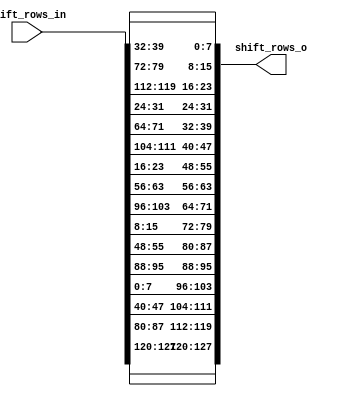
`timescale 1ns/1ns

module shift_rows (
    output reg [4*4*8 - 1 : 0] shift_rows_o,
    input [4*4*8 - 1 : 0] shift_rows_in
);

    reg [7:0] shift_rows_in_matrix [0:3][0:3];
    wire [7:0] shift_rows_o_matrix [0:3][0:3];
    integer i, j, k, p, q;

    always @(*) begin
        for(i=0; i<4; i=i+1) begin
            for(j=0; j<4; j=j+1) begin
                shift_rows_in_matrix[j][i] = shift_rows_in[(i*4 + j)*8 +: 8];
            end 
        end
    end

    // assign shift_rows_o_matrix[0] = {shift_rows_in_matrix[0][1], shift_rows_in_matrix[0][2], shift_rows_in_matrix[0][3], shift_rows_in_matrix[0][0]};
    // assign shift_rows_o_matrix[1] = {shift_rows_in_matrix[1][2], shift_rows_in_matrix[1][3], shift_rows_in_matrix[1][0], shift_rows_in_matrix[1][1]};
    // assign shift_rows_o_matrix[2] = {shift_rows_in_matrix[2][3], shift_rows_in_matrix[2][0], shift_rows_in_matrix[2][1], shift_rows_in_matrix[2][2]};
    // assign shift_rows_o_matrix[3] = {shift_rows_in_matrix[3][0], shift_rows_in_matrix[3][1], shift_rows_in_matrix[3][2], shift_rows_in_matrix[3][3]};
    assign shift_rows_o_matrix[0][0] = shift_rows_in_matrix[0][1];
    assign shift_rows_o_matrix[0][1] = shift_rows_in_matrix[0][2];
    assign shift_rows_o_matrix[0][2] = shift_rows_in_matrix[0][3];
    assign shift_rows_o_matrix[0][3] = shift_rows_in_matrix[0][0];

    assign shift_rows_o_matrix[1][0] = shift_rows_in_matrix[1][2];
    assign shift_rows_o_matrix[1][1] = shift_rows_in_matrix[1][3];
    assign shift_rows_o_matrix[1][2] = shift_rows_in_matrix[1][0]; 
    assign shift_rows_o_matrix[1][3] = shift_rows_in_matrix[1][1];

    assign shift_rows_o_matrix[2][0] = shift_rows_in_matrix[2][3]; 
    assign shift_rows_o_matrix[2][1] = shift_rows_in_matrix[2][0];
    assign shift_rows_o_matrix[2][2] = shift_rows_in_matrix[2][1]; 
    assign shift_rows_o_matrix[2][3] = shift_rows_in_matrix[2][2];

    assign shift_rows_o_matrix[3][0] = shift_rows_in_matrix[3][0];
    assign shift_rows_o_matrix[3][1] = shift_rows_in_matrix[3][1];
    assign shift_rows_o_matrix[3][2] = shift_rows_in_matrix[3][2];
    assign shift_rows_o_matrix[3][3] = shift_rows_in_matrix[3][3];

    always @(*) begin
        for(p=0; p<4; p=p+1) begin
            for(q=0; q<4; q=q+1) begin 
                shift_rows_o[(p*4 + q)*8 +: 8] = shift_rows_o_matrix[q][p];
            end
        end
    end
    
endmodule

module shift_rows_mix (
    output reg [4*4*8 - 1 : 0] shift_rows_o,
    input [4*4*8 - 1 : 0] shift_rows_in,
    input inv_en  // low: ShiftRows, high: INV_ShiftRows
);

    reg [7:0] shift_rows_in_matrix [0:3][0:3];
    reg [7:0] shift_rows_o_matrix [0:3][0:3];
    integer i, j, k, p, q;

    always @(*) begin
        for(i=0; i<4; i=i+1) begin
            for(j=0; j<4; j=j+1) begin
                shift_rows_in_matrix[j][i] = shift_rows_in[(i*4 + j)*8 +: 8];
            end 
        end
    end

    always @(*) begin
        //1
        shift_rows_o_matrix[3][0] = shift_rows_in_matrix[3][0];
        shift_rows_o_matrix[3][1] = shift_rows_in_matrix[3][1];
        shift_rows_o_matrix[3][2] = shift_rows_in_matrix[3][2];
        shift_rows_o_matrix[3][3] = shift_rows_in_matrix[3][3];

        //3
        shift_rows_o_matrix[1][0] = shift_rows_in_matrix[1][2];
        shift_rows_o_matrix[1][1] = shift_rows_in_matrix[1][3];
        shift_rows_o_matrix[1][2] = shift_rows_in_matrix[1][0]; 
        shift_rows_o_matrix[1][3] = shift_rows_in_matrix[1][1];

        if (inv_en == 1'b0) begin
            //4
            shift_rows_o_matrix[0][0] = shift_rows_in_matrix[0][1];
            shift_rows_o_matrix[0][1] = shift_rows_in_matrix[0][2];
            shift_rows_o_matrix[0][2] = shift_rows_in_matrix[0][3];
            shift_rows_o_matrix[0][3] = shift_rows_in_matrix[0][0];
            
            //2
            shift_rows_o_matrix[2][0] = shift_rows_in_matrix[2][3]; 
            shift_rows_o_matrix[2][1] = shift_rows_in_matrix[2][0];
            shift_rows_o_matrix[2][2] = shift_rows_in_matrix[2][1]; 
            shift_rows_o_matrix[2][3] = shift_rows_in_matrix[2][2];
        end 
        else begin
            //4
            shift_rows_o_matrix[0][0] = shift_rows_in_matrix[0][3];
            shift_rows_o_matrix[0][1] = shift_rows_in_matrix[0][0];
            shift_rows_o_matrix[0][2] = shift_rows_in_matrix[0][1];
            shift_rows_o_matrix[0][3] = shift_rows_in_matrix[0][2];
            
            //2
            shift_rows_o_matrix[2][0] = shift_rows_in_matrix[2][1]; 
            shift_rows_o_matrix[2][1] = shift_rows_in_matrix[2][2];
            shift_rows_o_matrix[2][2] = shift_rows_in_matrix[2][3]; 
            shift_rows_o_matrix[2][3] = shift_rows_in_matrix[2][0];
        end

    end

    always @(*) begin
        for(p=0; p<4; p=p+1) begin
            for(q=0; q<4; q=q+1) begin 
                shift_rows_o[(p*4 + q)*8 +: 8] = shift_rows_o_matrix[q][p];
            end
        end
    end
    
endmodule